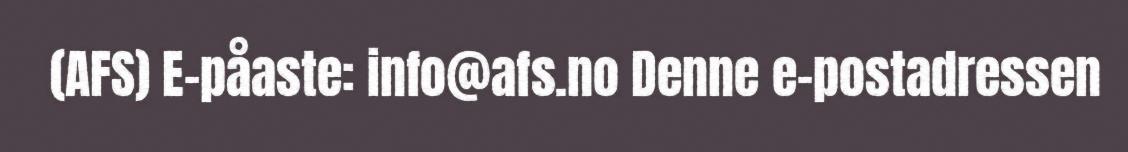
(AFS) E-påaste: info@afs.no Denne e-postadressen